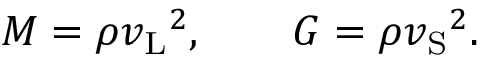
M = \rho { v _ { \mathrm { L } } } ^ { 2 } , \qquad G = \rho { v _ { \mathrm { S } } } ^ { 2 } .